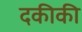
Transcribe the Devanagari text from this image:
दकीकी